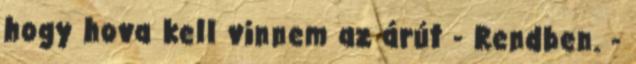
hogy hova kell vinnem az árút - Rendben. -